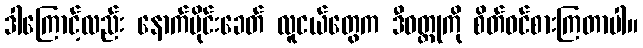
ဒါကြောင့်လည်း နောက်ပိုင်းခေတ် လူငယ်တွေက ဒီဝတ္ထုကို စိတ်ဝင်စားကြတာပါ။